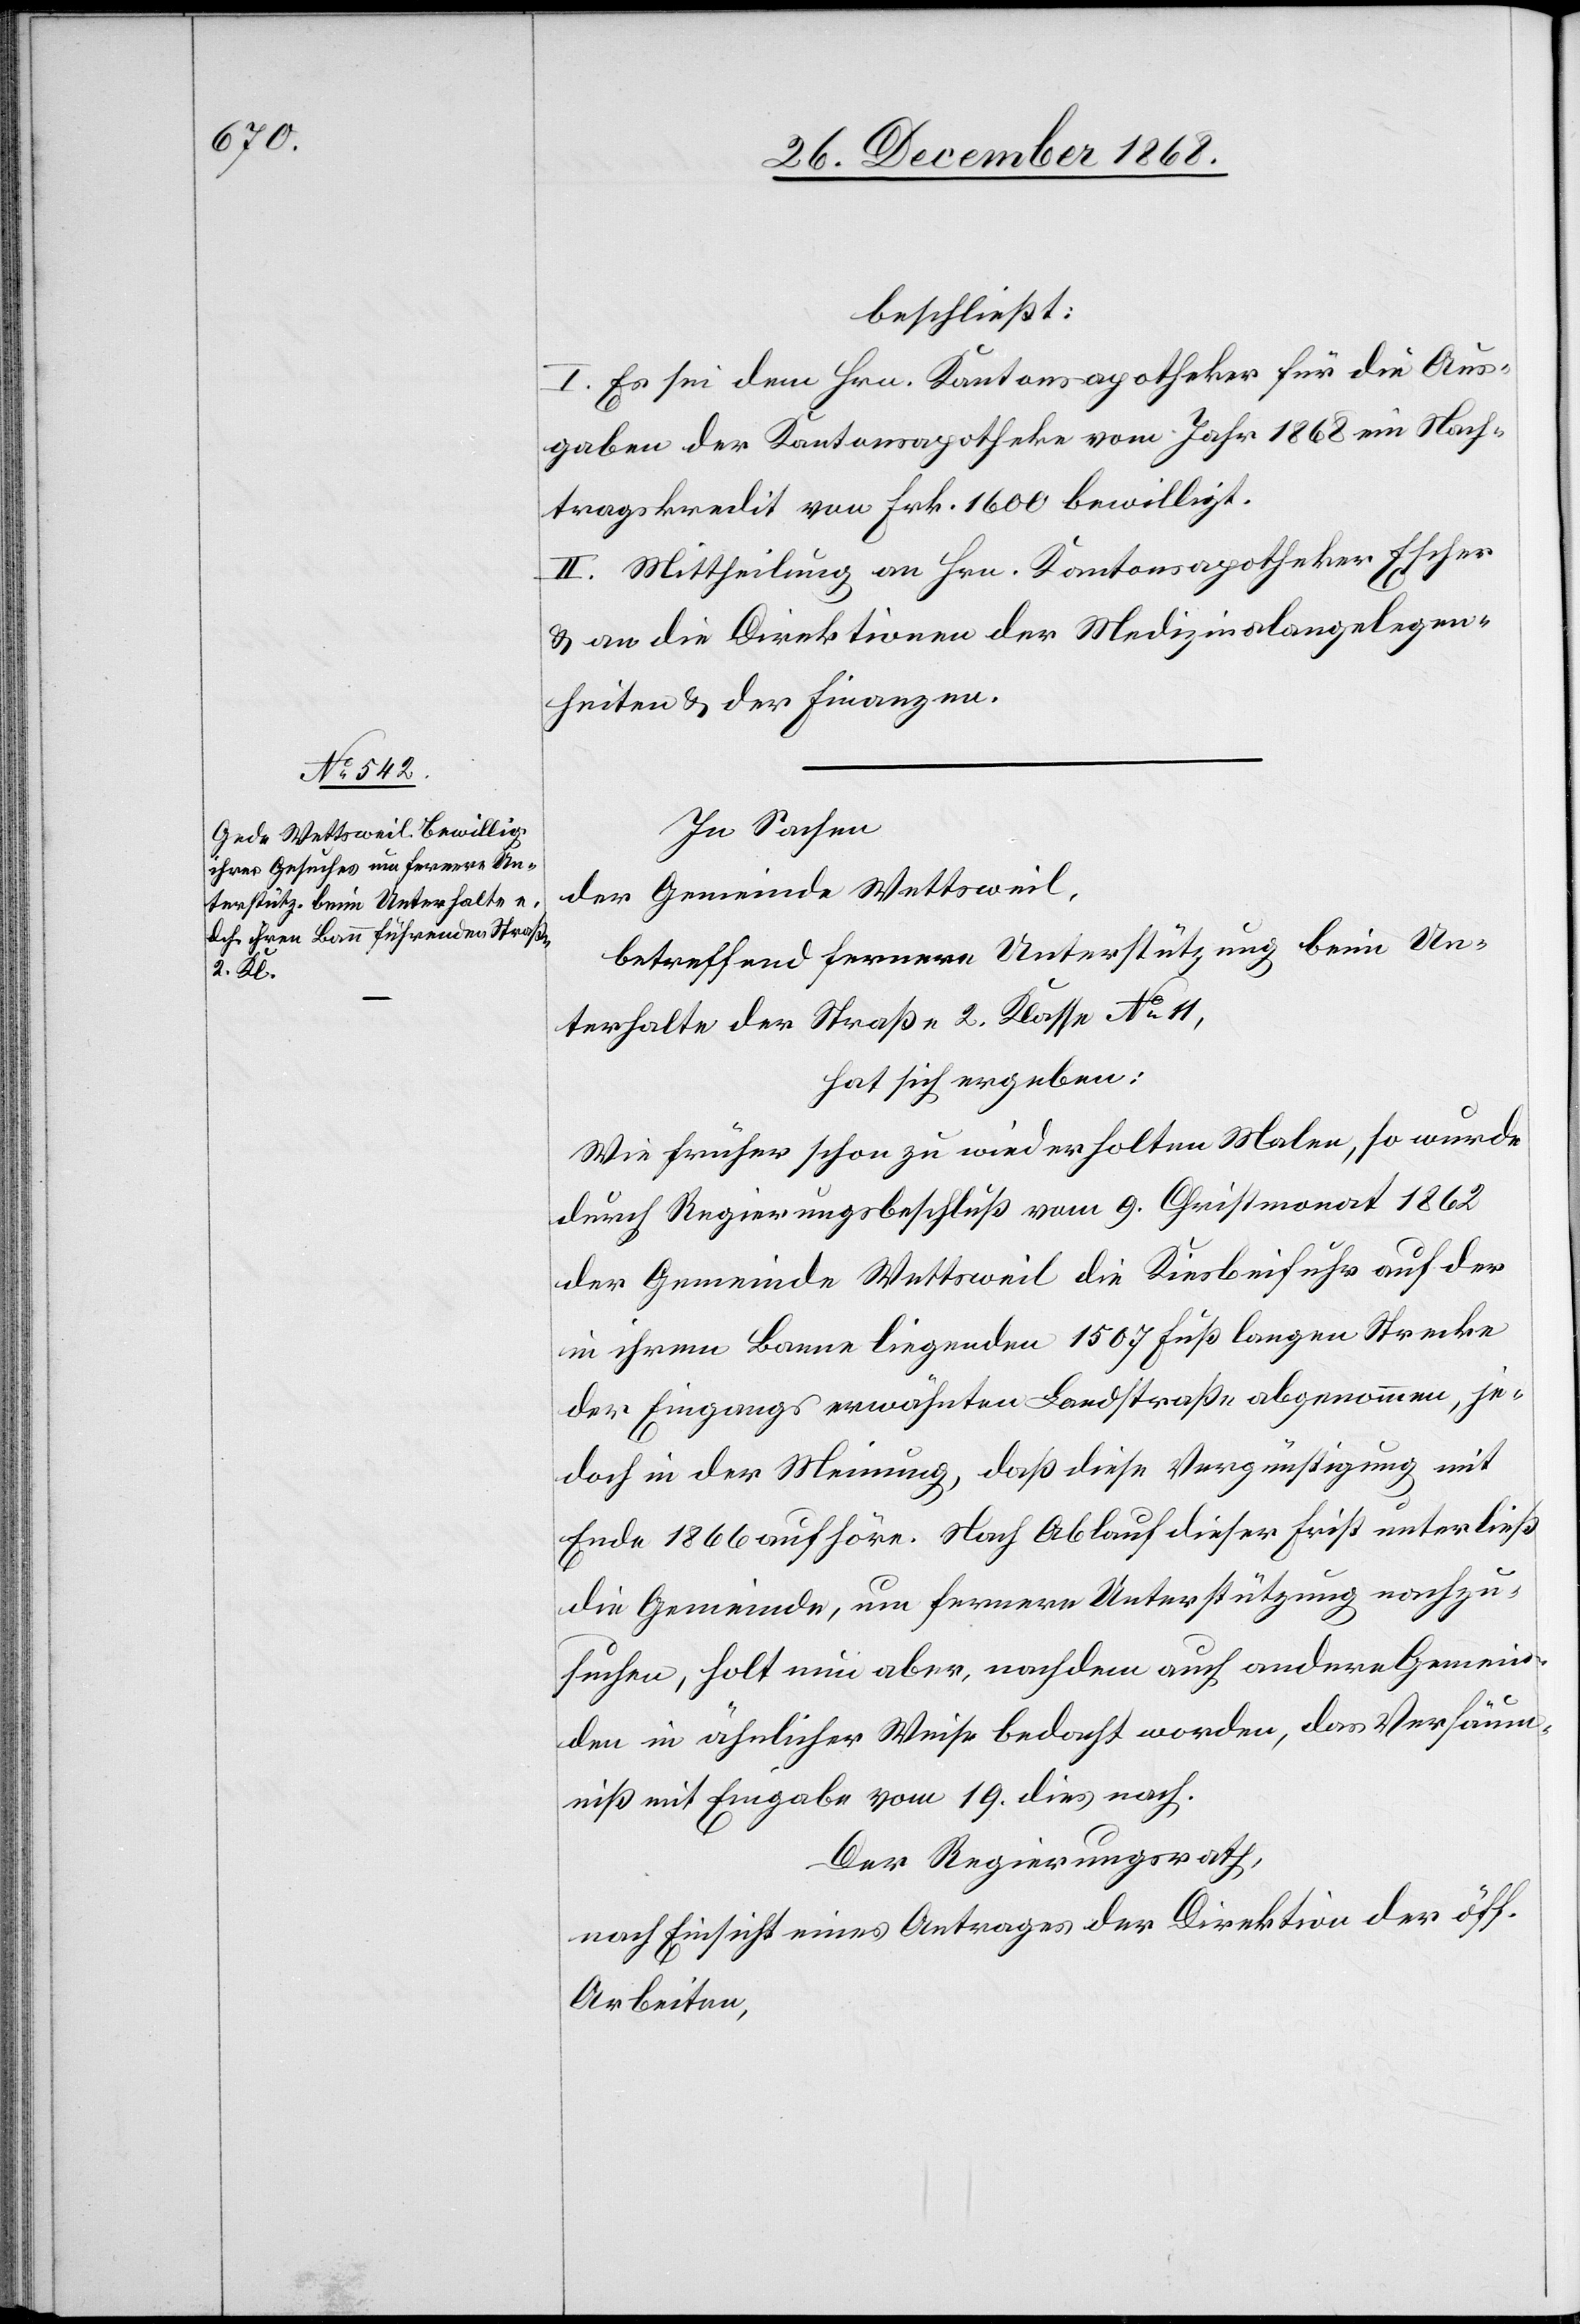
beschließt:
I. Es sei dem Hrn. Kantonsapotheker für die Aus¬
gaben der Kantonsapotheke vom Jahr 1868 ein Nach¬
tragskredit von Frk. 1600 bewilligt.
II. Mittheilung an Hrn. Kantonsapotheker Escher
& an die Direktionen der Medizinalangelegen¬
heiten & der Finanzen.
In Sachen
der Gemeinde Wettsweil,
betreffend fernere Unterstützung beim Un¬
terhalte der Straße 2. Klasse No 11,
hat sich ergeben:
Wie früher schon zu wiederholten Malen, so wurde
durch Regierungsbeschluß vom 9. Christmonat 1862
der Gemeinde Wettsweil die Kiesbeifuhr auf der
in ihrem Banne liegenden 1507 Fuß langen Strecke
der Eingangs erwähnten Landstraße abgenommen, je¬
doch in der Meinung, daß diese Vergünstigung mit
Ende 1866 aufhöre. Nach Ablauf dieser Frist unterließ
die Gemeinde, um fernere Unterstützung nachzu¬
suchen, holt nun aber, nachdem auch andere Gemein¬
den in ähnlicher Weise bedacht worden, das Versäum¬
niß mit Eingabe vom 19. dies nach.
Der Regierungsrath,
nach Einsicht eines Antrages der Direktion der öff.
Arbeiten,